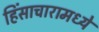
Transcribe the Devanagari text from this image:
हिंसाचारामध्ये